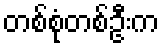
တစ်စုံတစ်ဦးက